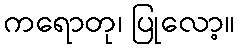
ကရောတု၊ ပြုလော့။